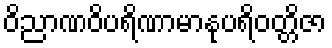
ဝိညာဏဝိပရိဏာမာနုပရိဝတ္တိဇာ